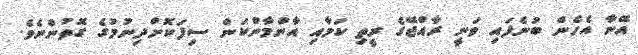
އޭނާ އެހެން ބުނެފައި ވަނީ ރާއްޖޭގެ ރީތި ކަމާއި އާންމާންކަން ސިފަކޮށްދިނުމުގެ ގޮތުންނެވެ.